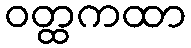
ဝတ္ထကထာ